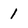
Character: 1